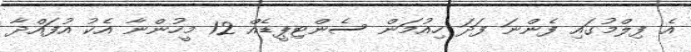
އެ ފިލްމުގައި ފެންނަ ފަދަ ހިއުމަން ސެންޓިޕީޑެއް 12 މީހުންނާ އެކު އުފައްދާ